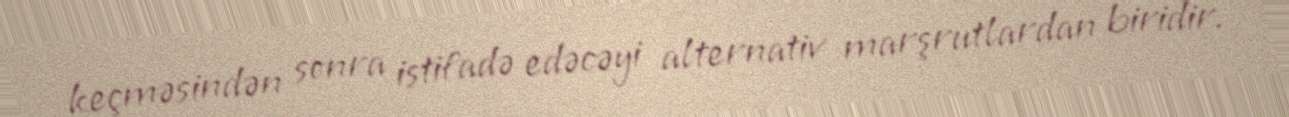
keçməsindən sonra istifadə edəcəyi alternativ marşrutlardan biridir.